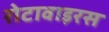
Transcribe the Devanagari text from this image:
रोटावाइरस